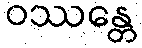
ဝဿန္တေ